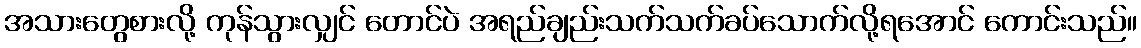
အသားတွေစားလို့ ကုန်သွားလျှင် တောင်ပဲ အရည်ချည်းသက်သက်ခပ်သောက်လို့ရအောင် ကောင်းသည်။